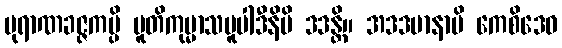
ပုရာဏခဇ္ဇကမ္ပိ ပူတိကုမ္မာသပူပါဒီနိပိ ဒဒန္တိ။ အဒဒမာနာပိ ကေစိဒေဝ